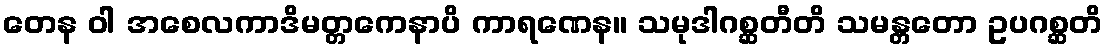
တေန ဝါ အစေလကာဒိမတ္တကေနာပိ ကာရဏေန။ သမုဒါဂစ္ဆတီတိ သမန္တတော ဥပဂစ္ဆတိ